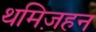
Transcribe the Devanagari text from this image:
थमिज़हन